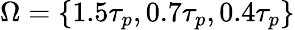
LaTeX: \Omega=\{ 1.5\tau_{p},0.7\tau_{p},0.4\tau_{p}\}